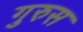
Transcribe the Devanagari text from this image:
गुरुस